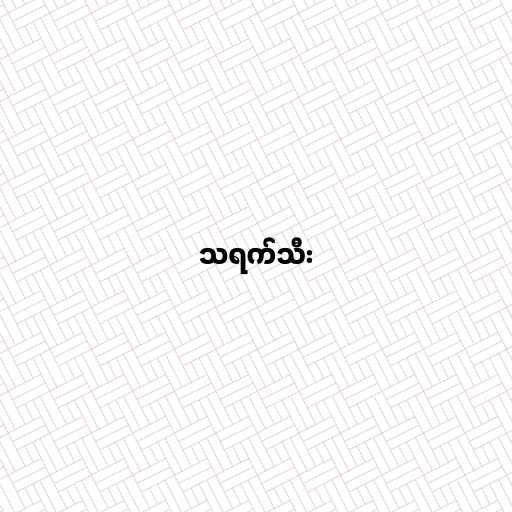
သရက်သီး